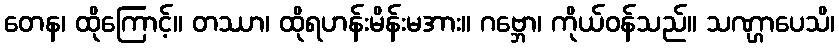
တေန၊ ထိုကြောင့်။ တဿာ၊ ထိုရဟန်းမိန်းမအား။ ဂဗ္ဘော၊ ကိုယ်ဝန်သည်။ သဏ္ဌာပေသိ၊